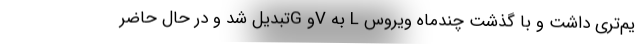
یم‌تری داشت و با گذشت چندماه ویروس L به Vو Gتبدیل شد و در حال حاضر